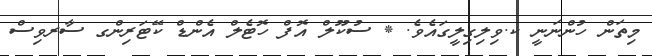
މިތަން ހުންނަނީ ކ.ވިލިގިލީގައެވެ. * ސުކޫލް އޮފް ހޮޓެލް އެންޑް ކޭޓަރިންގ ސާރވިސް